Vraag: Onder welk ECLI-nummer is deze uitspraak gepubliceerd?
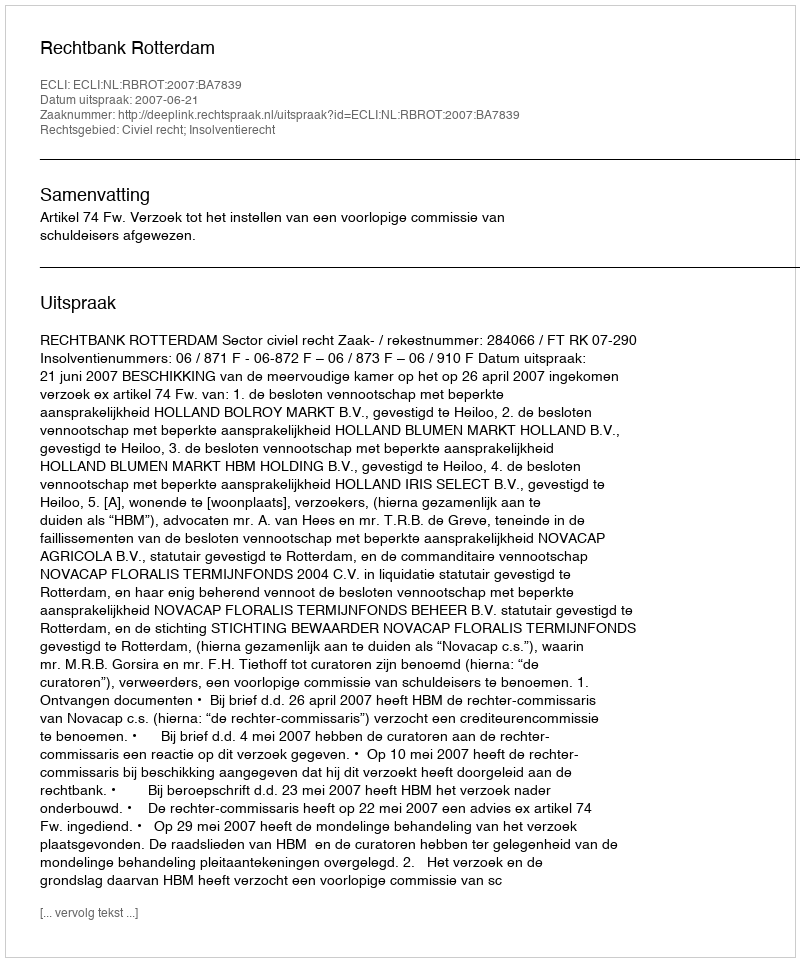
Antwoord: ECLI:NL:RBROT:2007:BA7839